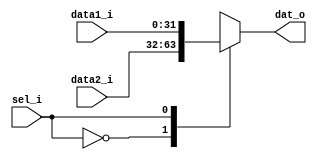
`timescale 1ns/1ns
module Mux
    (
        input [31:0]        data1_i,
        input [31:0]        data2_i,
        input               sel_i,
        output reg [31:0]   dat_o
    );

        always @(*) begin
            case (sel_i)
                0: dat_o = data2_i;
                1: dat_o = data1_i;
                default: dat_o = data2_i;
            endcase
        end

endmodule